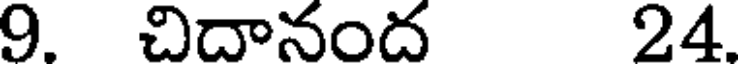
9. చిదానంద 24.